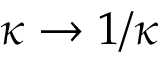
\kappa \rightarrow 1 / \kappa